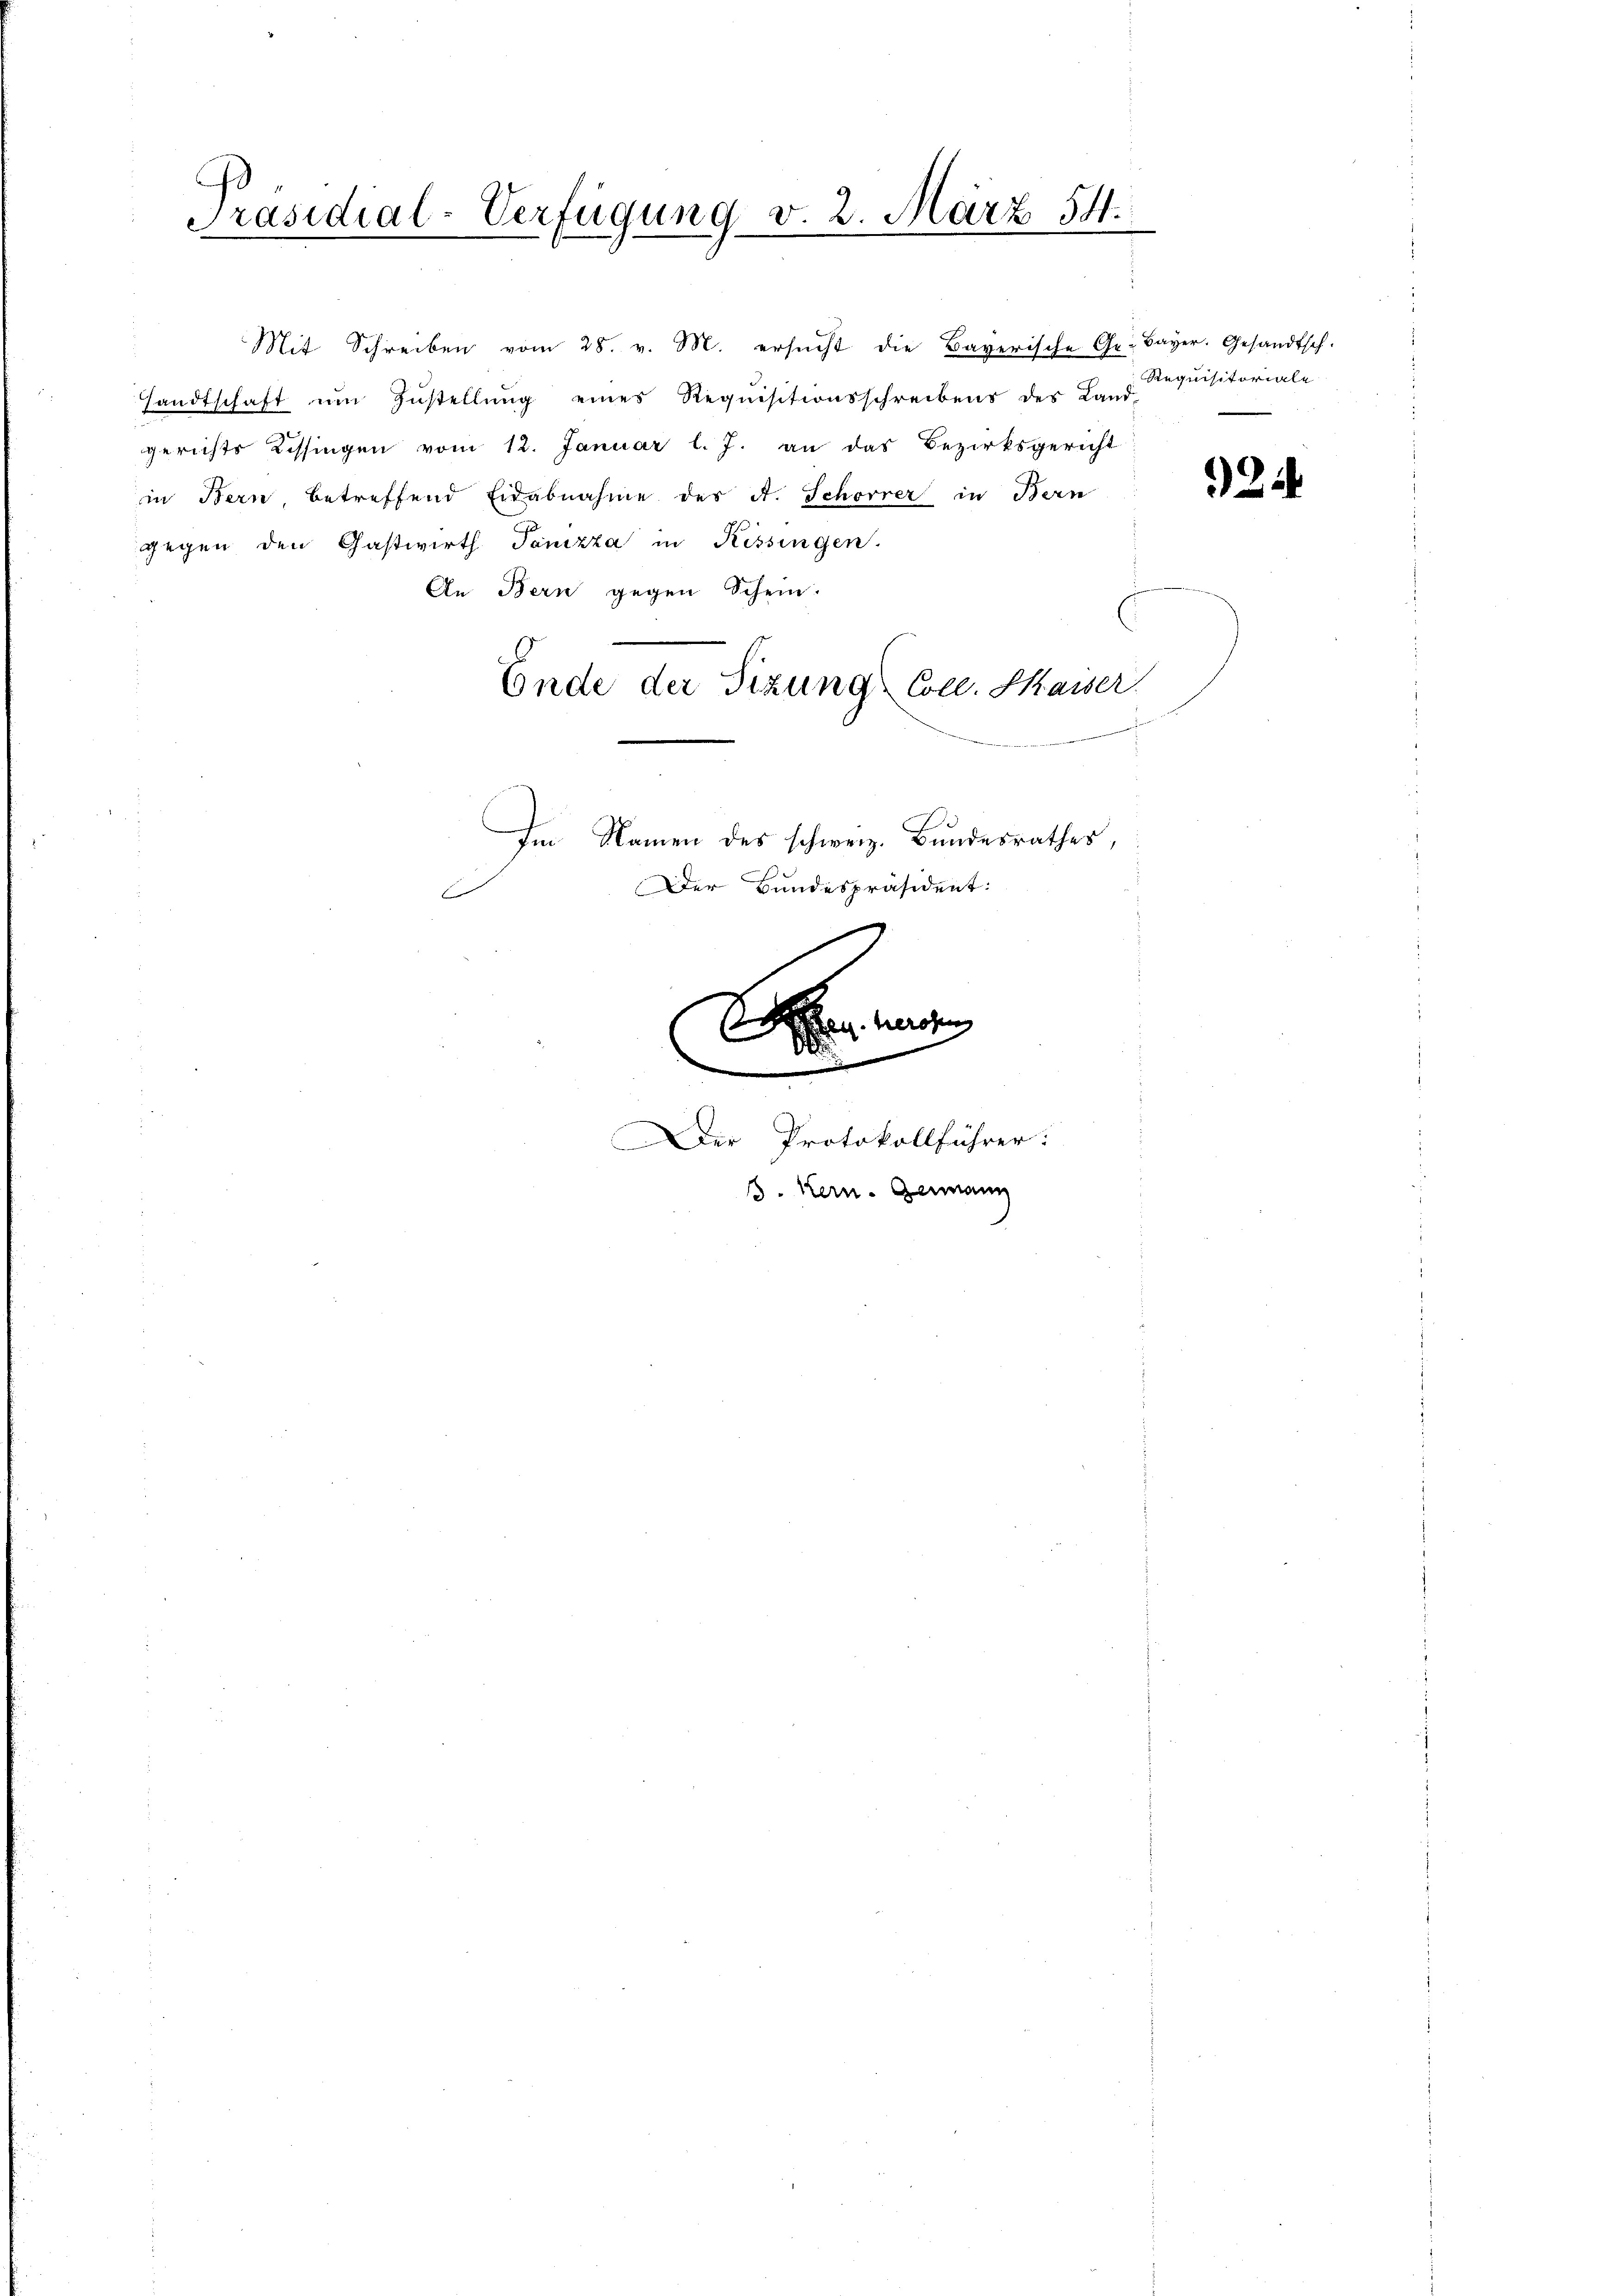
Präsidial-Verfügung v. 2. März 54.

Mit Schreiben vom 28. v. M. ersŭcht die Bayerische Ge- Bayer. Gesandtsch.
sandtschaft ŭm Zŭstellŭng eines Requisitionsschreibens des Land-
gerichts Kissingen vom 12. Januar l. J. an das Bezirksgericht
in Bern, betreffend Eidabnahme des A. Schorrer in Bern
gegen den Gastwirth Panizza in Kissingen.
An Bern gegen Schein.
Ende der Sizung Coll. Masser
Im Namen des schweiz. Bundesrathes,

e

.

Der Bundespräsident:
Se. Mart

Der Protokollführer:
8. Kern. Germann

Requisitoriale

22.